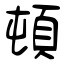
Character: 頓